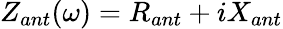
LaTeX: Z_{ant}(\omega)=R_{ant}+iX_{ant}